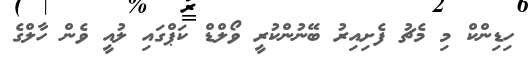
ހިޑިންކް މި މެޗު ފެށިއިރު ބޭނުންކުރީ ވޯލްޑް ކަޕްގައި ލުއީ ވެން ހާލްގެ